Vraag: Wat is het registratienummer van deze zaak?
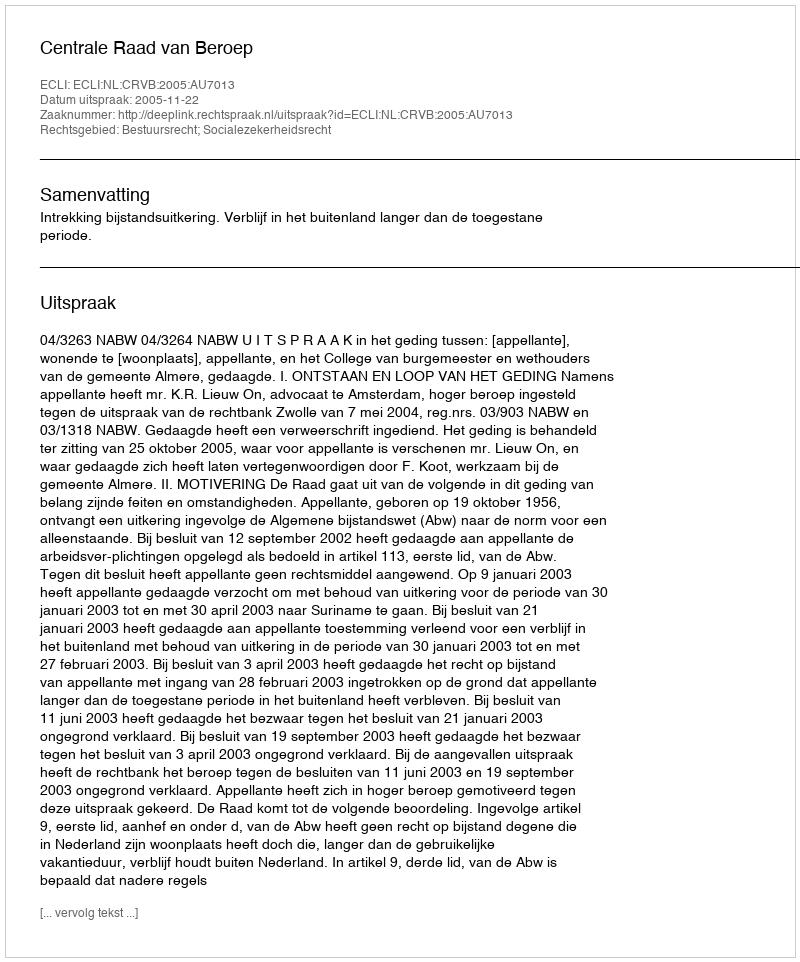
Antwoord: http://deeplink.rechtspraak.nl/uitspraak?id=ECLI:NL:CRVB:2005:AU7013